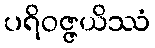
ပရိဝဇ္ဇယိဿံ